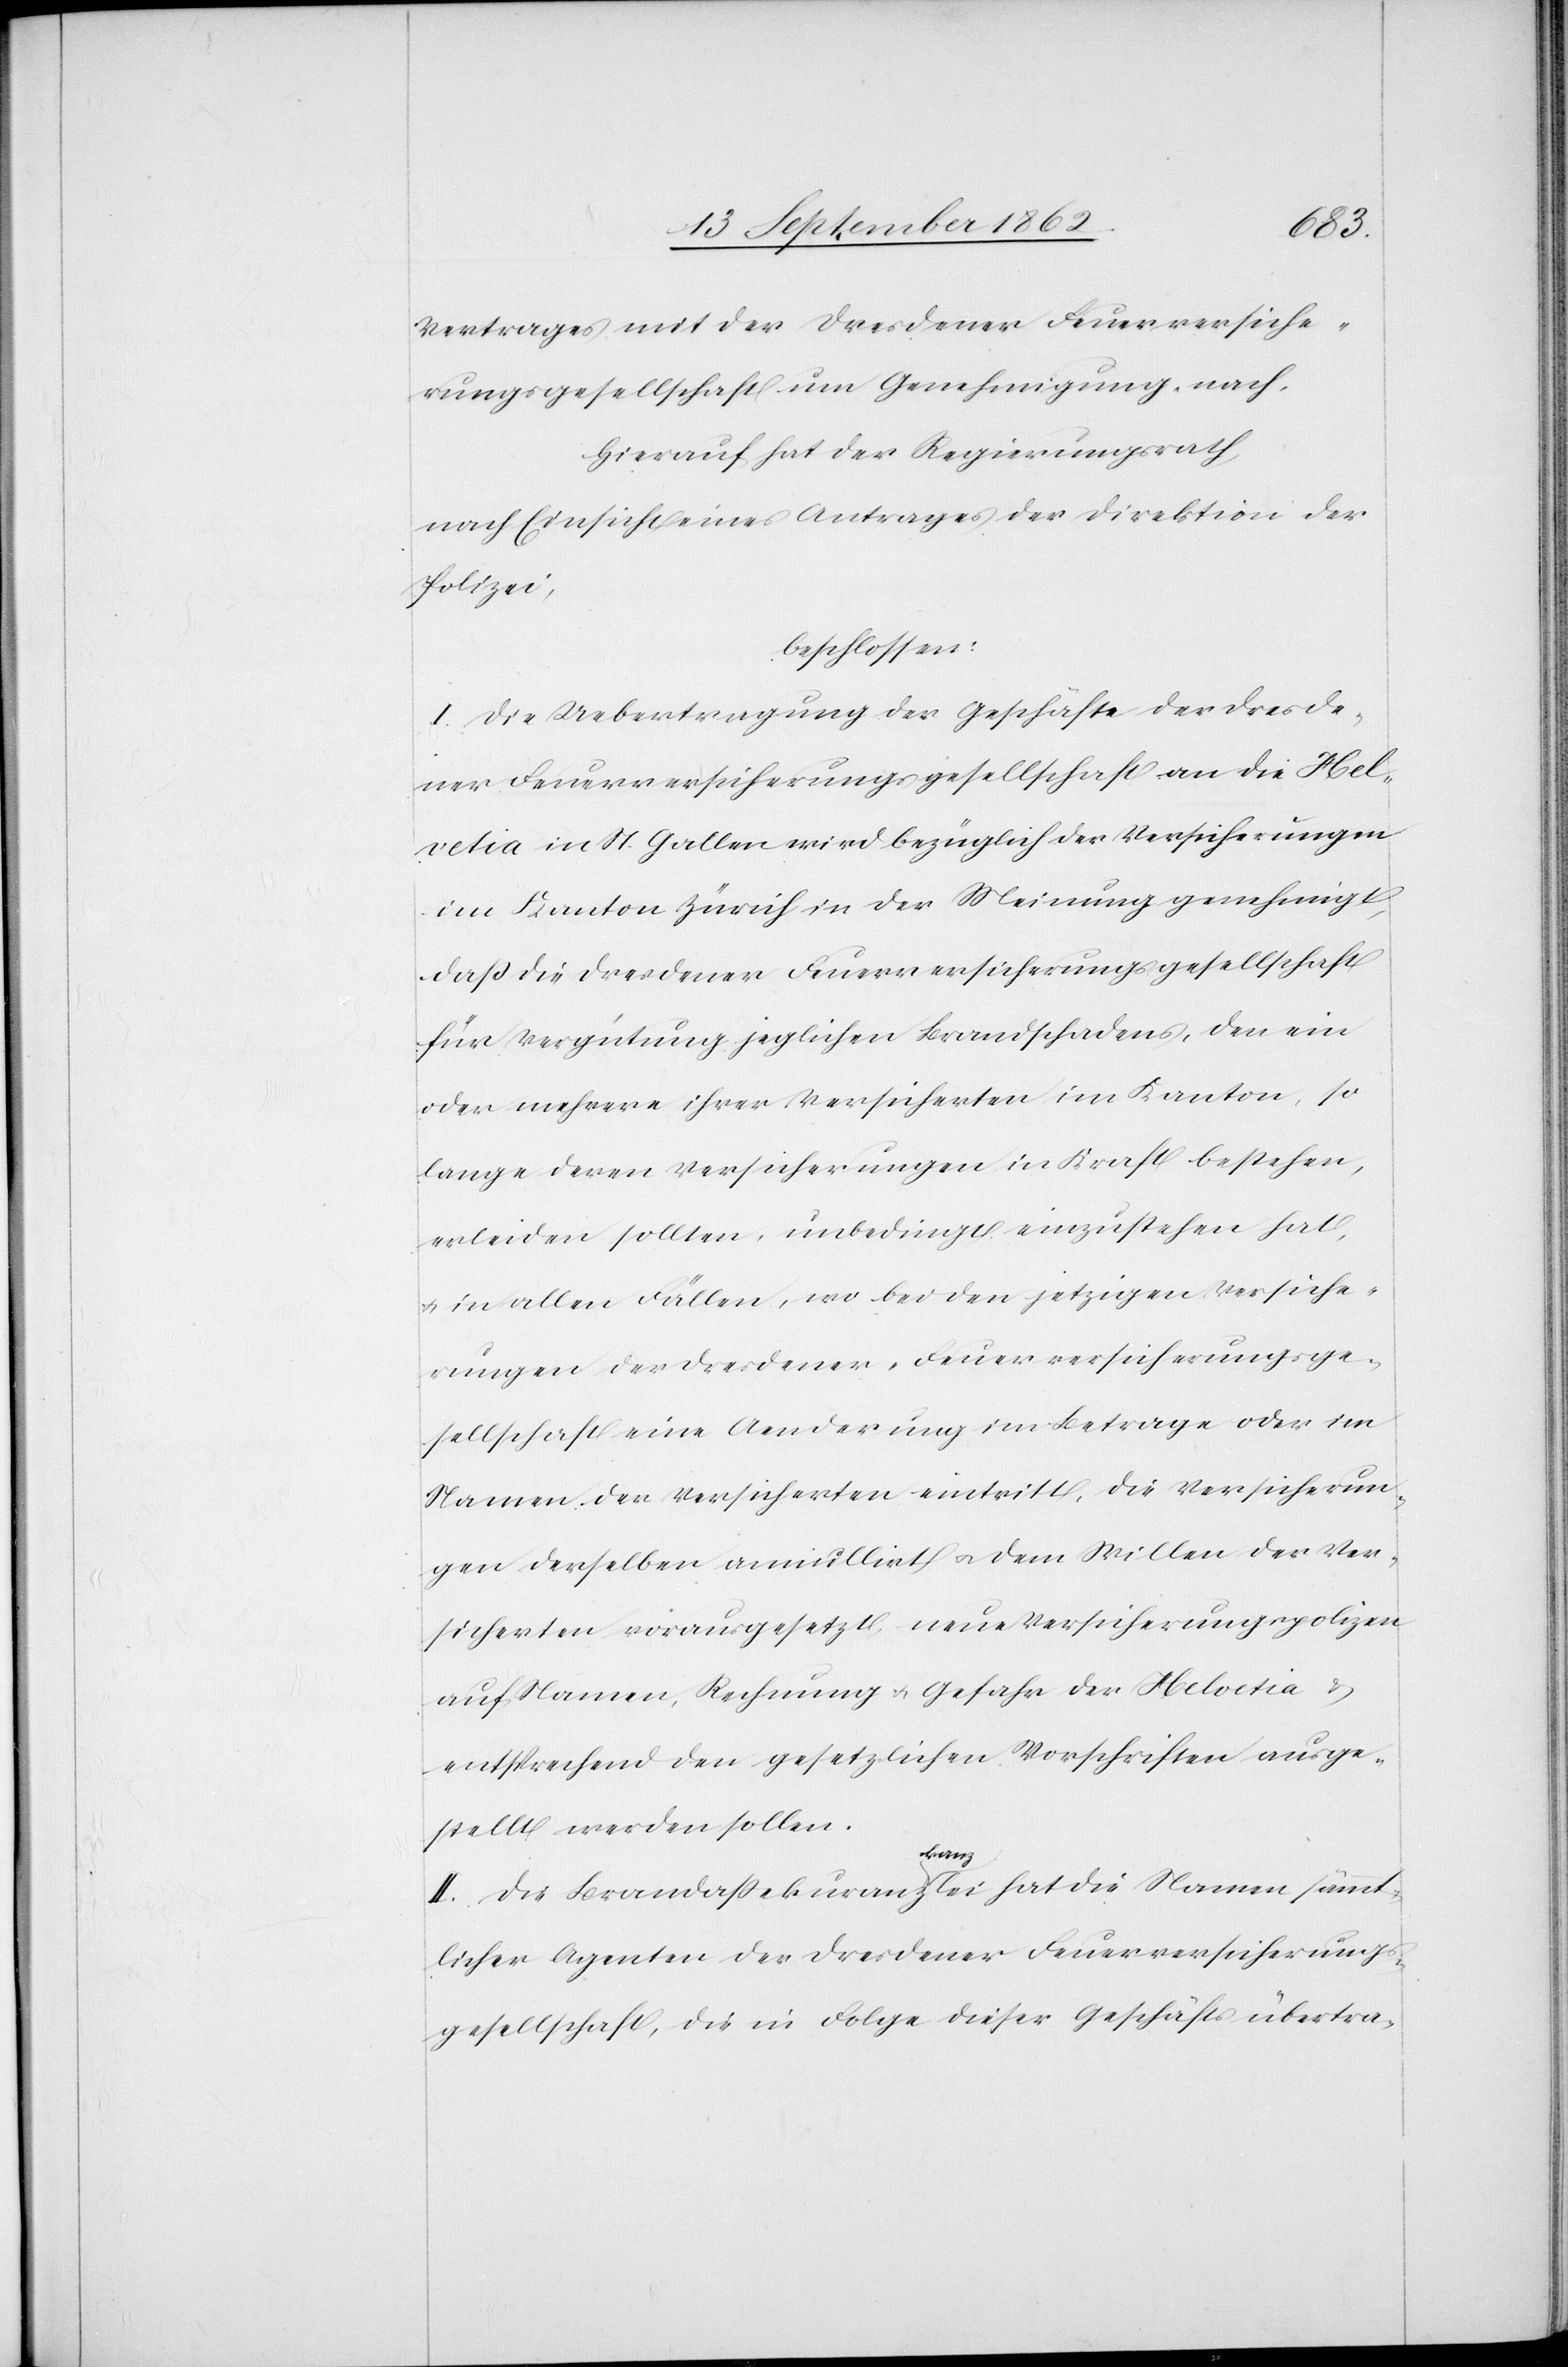
Vertrages mit der Dresdener Feuerversiche¬
rungsgesellschaft um Genehmigung nach.
Hierauf hat der Regierungsrath,
nach Einsicht eines Antrages der Direktion der
Polizei,
beschlossen:
I. Die Uebertragung der Geschäfte der Dresde¬
ner Feuerversicherungsgesellschaft an die Hel¬
vetia in St. Gallen wird bezüglich der Versicherungen
im Kanton Zürich der Meinung genehmigt,
daß die Dresdener Feuerversicherungsgesellschaft
für Verfügung jeglichen Brandschadens, den ein
oder mehrere ihrer Versicherten im Kanton, so
lange deren Versicherungen in Kraft bestehen,
erleiden sollten, unbedingt einzustehen hat,
u. in allen Fällen, wo bei den jetzigen Versiche¬
rungen der Dresdener-Feuerversicherungsge¬
sellschaft eine Aenderung im Betrage oder im
Namen der Versicherten eintritt, die Versicherun¬
gen derselben annullirt u. dem Willen der Ver¬
sicherten vorausgesetzt neue Versicherungspolizen
auf Namen, Rechnung u. Gefahr der Helvetia u.
entsprechend den gesetzlichen Vorschriften ausge¬
stellt werden sollen.
II. Die Brandaßekuranzkanzlei hat die Namen sämmt¬
licher Agenten der Dresdener Feuerversicherungs¬
gesellschaft, die in Folge dieser Geschäftsübertra-